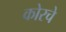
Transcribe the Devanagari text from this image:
कोरचे